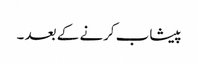
پیشاب کرنے کے بعد ۔